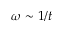
\omega \sim 1 / t